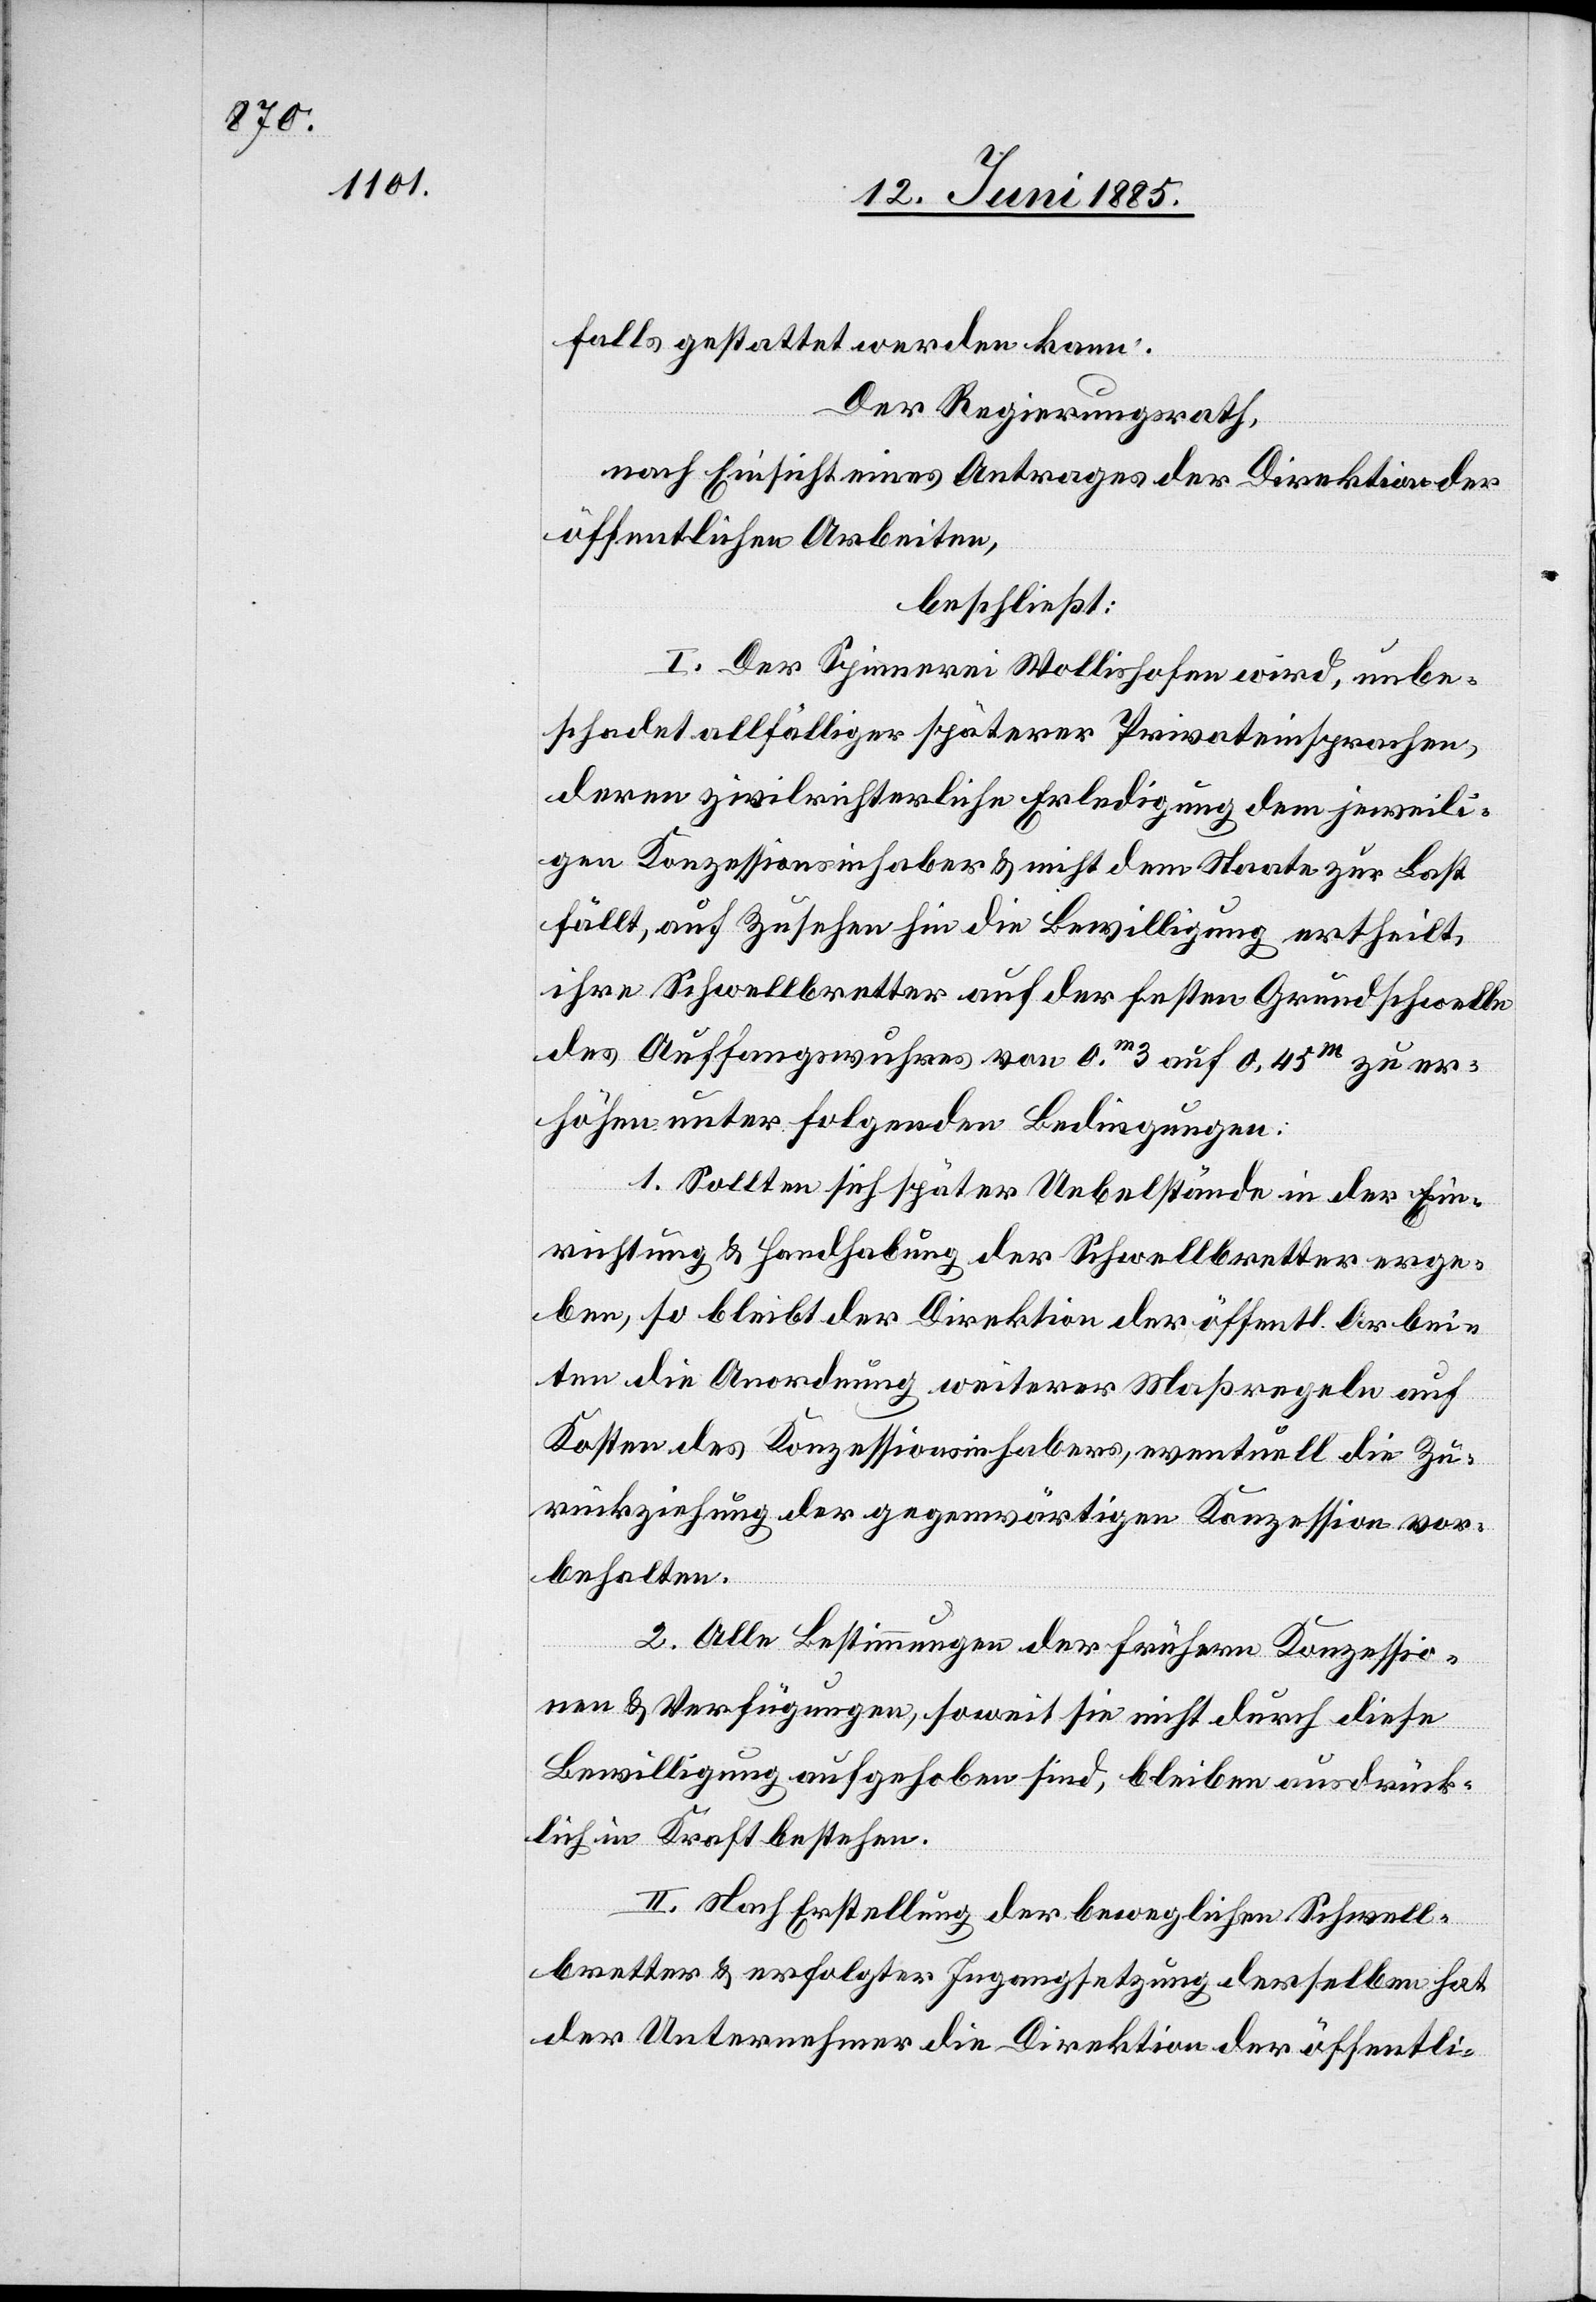
falls gestattet werden kann.
Der Regierungsrath,
nach Einsicht eines Antrages der Direktion der
öffentlichen Arbeiten,
beschließt:
I. Der Spinnerei Wollishofen wird, unbe¬
schadet allfälliger späterer Privateinsprachen,
deren zivilrichterliche Erledigung dem jeweili¬
gen Konzessionsinhaber & nicht dem Staate zur Last
fällt, auf Zusehen hin die Bewilligung ertheilt,
ihre Schwellbretter auf der festen Grundschwelle
des Auffangswuhres von 0, m 3 auf 0,45 m zu er¬
höhen unter folgenden Bedingungen:
1. Sollten sich später Uebelstände in der Ein¬
richtung & Handhabung der Schwellbretter erge¬
ben, so bleibt der Direktion der öffentl. Arbei¬
ten die Anordnung weiterer Maßregeln auf
Kosten des Konzessionsinhabers, eventuell die Zu¬
rückziehung der gegenwärtigen Konzession vor¬
behalten.
2. Alle Bestimmungen der frühern Konzessio¬
nen & Verfügungen, soweit sie nicht durch diese
Bewilligung aufgehoben sind, bleiben ausdrück¬
lich in Kraft bestehen.
II. Nach Erstellung der beweglichen Schwell¬
bretter & erfolgter Ingangsetzung derselben hat
der Unternehmer die Direktion der öffentli-